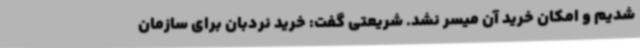
شدیم و امکان خرید آن میسر نشد. شریعتی گفت: خرید نردبان برای سازمان